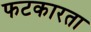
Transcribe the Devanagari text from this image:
फटकारता